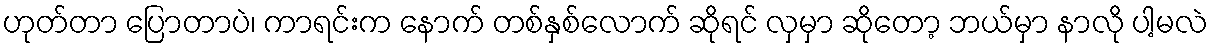
ဟုတ်တာ ပြောတာပဲ၊ ကာရင်းက နောက် တစ်နှစ်လောက် ဆိုရင် လှမှာ ဆိုတော့ ဘယ်မှာ နာလို ပါ့မလဲ